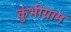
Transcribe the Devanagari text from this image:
कुंभीग्राम